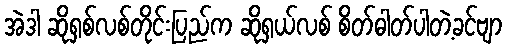
အဲဒါ ဆိုရှစ်လစ်တိုင်းပြည်က ဆိုရှယ်လစ် စိတ်ဓါတ်ပါတဲ့ခင်ဗျာ